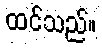
ထင်သည်။